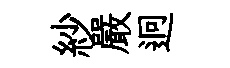
紗嚴迥